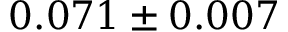
0 . 0 7 1 \pm 0 . 0 0 7